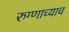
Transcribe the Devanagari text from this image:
रुग्णाच्याच